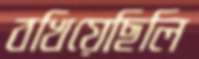
বখিয়েছিলি